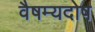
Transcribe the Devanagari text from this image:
वैषम्यदोष